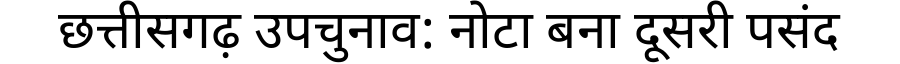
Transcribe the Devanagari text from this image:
छत्तीसगढ़ उपचुनाव: नोटा बना दूसरी पसंद